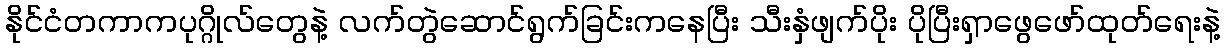
နိုင်ငံတကာကပုဂ္ဂိုလ်တွေနဲ့ လက်တွဲဆောင်ရွက်ခြင်းကနေပြီး သီးနှံဖျက်ပိုး ပိုပြီးရှာဖွေဖော်ထုတ်ရေးနဲ့